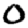
Digit: 0